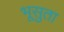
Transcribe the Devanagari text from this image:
भूसुता